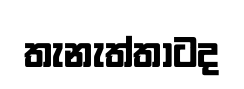
තැනැත්තාටද